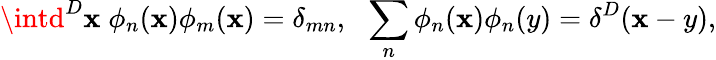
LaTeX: \intd^{D}\mathbf{x}\; \phi_{n}(\mathbf{x})\phi_{m}(\mathbf{x})=\delta_{mn},\: \: \: \sum_{n}\phi_{n}(\mathbf{x})\phi_{n}(y)=\delta^{D}(\mathbf{x}-y),